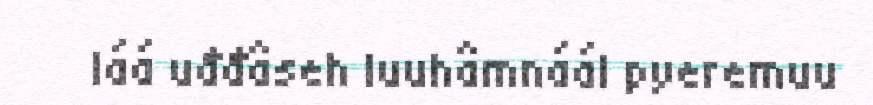
láá uđđâseh luuhâmnáál pyeremuu